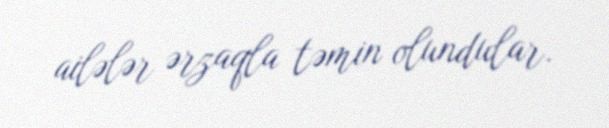
ailələr ərzaqla təmin olundular.